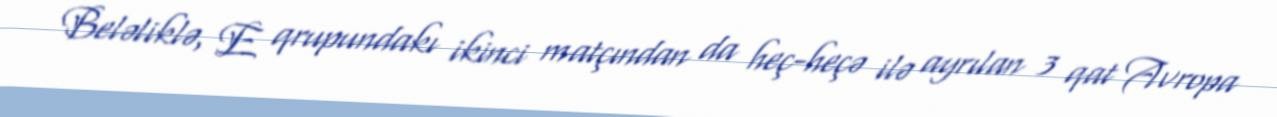
Beləliklə, E qrupundakı ikinci matçından da heç-heçə ilə ayrılan 3 qat Avropa